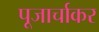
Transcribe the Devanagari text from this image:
पूजार्चाकर